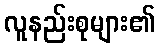
လူနည်းစုများ၏